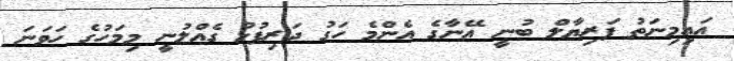
އައިމިނަތު ފަރިޔާލް ބުނީ އޭނާގެ އެންމެ ހަގު ދަރިފުޅު ގެއްލުނީ މިމަހުގެ ހަވަނަ